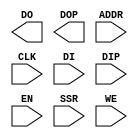
///////////////////////////////////////////////////////////////////////////////
// Copyright (c) 1995/2005 Xilinx, Inc.
// All Right Reserved.
///////////////////////////////////////////////////////////////////////////////
//   ____  ____
//  /   /\/   /
// /___/  \  /    Vendor : Xilinx
// \   \   \/     Version : 10.1
//  \   \         Description : Xilinx Formal Library Component
//  /   /                  16K-Bit Data and 2K-Bit Parity Dual Port Block RAM   
// /___/   /\     Filename : RAMB16BWE_S18.v
// \   \  /  \    Timestamp : Mon Nov 12 16:43:35 PST 2007
//  \___\/\___\
//
//  Generated by : VerilogFileWriter (write_verilog)
//
// Revision:
//    11/12/07 - Initial version.
// End Revision
`timescale 1 ps / 1 ps 

module RAMB16BWE_S18 (
	DO,
	DOP,
	ADDR,
	CLK,
	DI,
	DIP,
	EN,
	SSR,
	WE

);

output [15:0] DO;
output [1:0] DOP;

input CLK;
input EN;
input SSR;
input [1:0] WE;
input [15:0] DI;
input [1:0] DIP;
input [9:0] ADDR;


parameter INIT = 18'h0;
parameter INITP_00 = 256'h0;
parameter INITP_01 = 256'h0;
parameter INITP_02 = 256'h0;
parameter INITP_03 = 256'h0;
parameter INITP_04 = 256'h0;
parameter INITP_05 = 256'h0;
parameter INITP_06 = 256'h0;
parameter INITP_07 = 256'h0;
parameter INIT_00 = 256'h0;
parameter INIT_01 = 256'h0;
parameter INIT_02 = 256'h0;
parameter INIT_03 = 256'h0;
parameter INIT_04 = 256'h0;
parameter INIT_05 = 256'h0;
parameter INIT_06 = 256'h0;
parameter INIT_07 = 256'h0;
parameter INIT_08 = 256'h0;
parameter INIT_09 = 256'h0;
parameter INIT_0A = 256'h0;
parameter INIT_0B = 256'h0;
parameter INIT_0C = 256'h0;
parameter INIT_0D = 256'h0;
parameter INIT_0E = 256'h0;
parameter INIT_0F = 256'h0;
parameter INIT_10 = 256'h0;
parameter INIT_11 = 256'h0;
parameter INIT_12 = 256'h0;
parameter INIT_13 = 256'h0;
parameter INIT_14 = 256'h0;
parameter INIT_15 = 256'h0;
parameter INIT_16 = 256'h0;
parameter INIT_17 = 256'h0;
parameter INIT_18 = 256'h0;
parameter INIT_19 = 256'h0;
parameter INIT_1A = 256'h0;
parameter INIT_1B = 256'h0;
parameter INIT_1C = 256'h0;
parameter INIT_1D = 256'h0;
parameter INIT_1E = 256'h0;
parameter INIT_1F = 256'h0;
parameter INIT_20 = 256'h0;
parameter INIT_21 = 256'h0;
parameter INIT_22 = 256'h0;
parameter INIT_23 = 256'h0;
parameter INIT_24 = 256'h0;
parameter INIT_25 = 256'h0;
parameter INIT_26 = 256'h0;
parameter INIT_27 = 256'h0;
parameter INIT_28 = 256'h0;
parameter INIT_29 = 256'h0;
parameter INIT_2A = 256'h0;
parameter INIT_2B = 256'h0;
parameter INIT_2C = 256'h0;
parameter INIT_2D = 256'h0;
parameter INIT_2E = 256'h0;
parameter INIT_2F = 256'h0;
parameter INIT_30 = 256'h0;
parameter INIT_31 = 256'h0;
parameter INIT_32 = 256'h0;
parameter INIT_33 = 256'h0;
parameter INIT_34 = 256'h0;
parameter INIT_35 = 256'h0;
parameter INIT_36 = 256'h0;
parameter INIT_37 = 256'h0;
parameter INIT_38 = 256'h0;
parameter INIT_39 = 256'h0;
parameter INIT_3A = 256'h0;
parameter INIT_3B = 256'h0;
parameter INIT_3C = 256'h0;
parameter INIT_3D = 256'h0;
parameter INIT_3E = 256'h0;
parameter INIT_3F = 256'h0;
parameter SRVAL = 18'h0;
parameter WRITE_MODE = "WRITE_FIRST";

endmodule